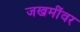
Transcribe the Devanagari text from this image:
जखमींवर